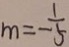
m = - \frac { 1 } { 5 }